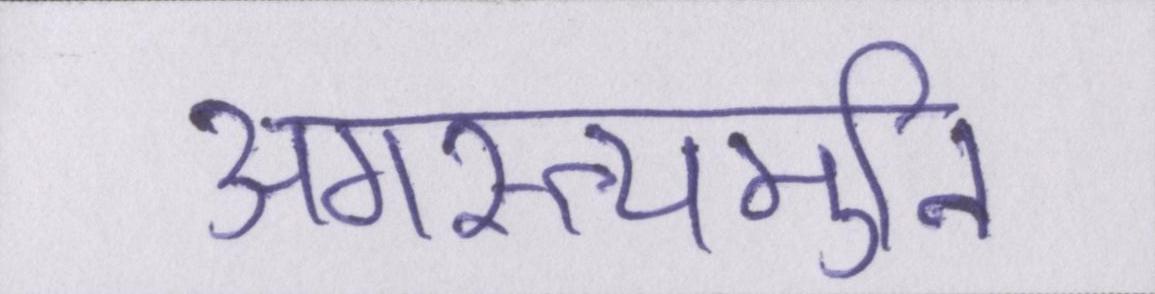
अगस्त्यमुनि